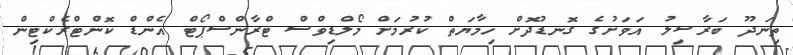
ތިނަދޫ ބަރާސިލު އަވަށުގެ ގޮނޑުދޮށް ހިމާޔަތް ކުރުމަށް މޯލްޑިވްސް ޓްރާންސްޕޯޓް އެންޑް ކޮންޓްރެކްޓިން